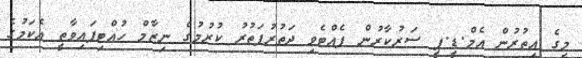
މީގެ އިތުރުން އެމް.ޑީ.ޕީ ސަރުކާރުން ފެއްޓެވި ދަތުރުފަތުރު ކުރުމުގެ ނިޒާމް ހުއްޓިފައިވާތީ އެކަމުގެ